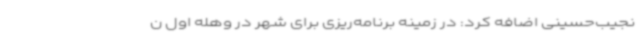
نجیب‌حسینی اضافه کرد: در زمینه برنامه‌ریزی برای شهر در وهله اول ن